65_HS1-834228961_62-HQ-83894_Serial_220
Agency: FBI
Page 14
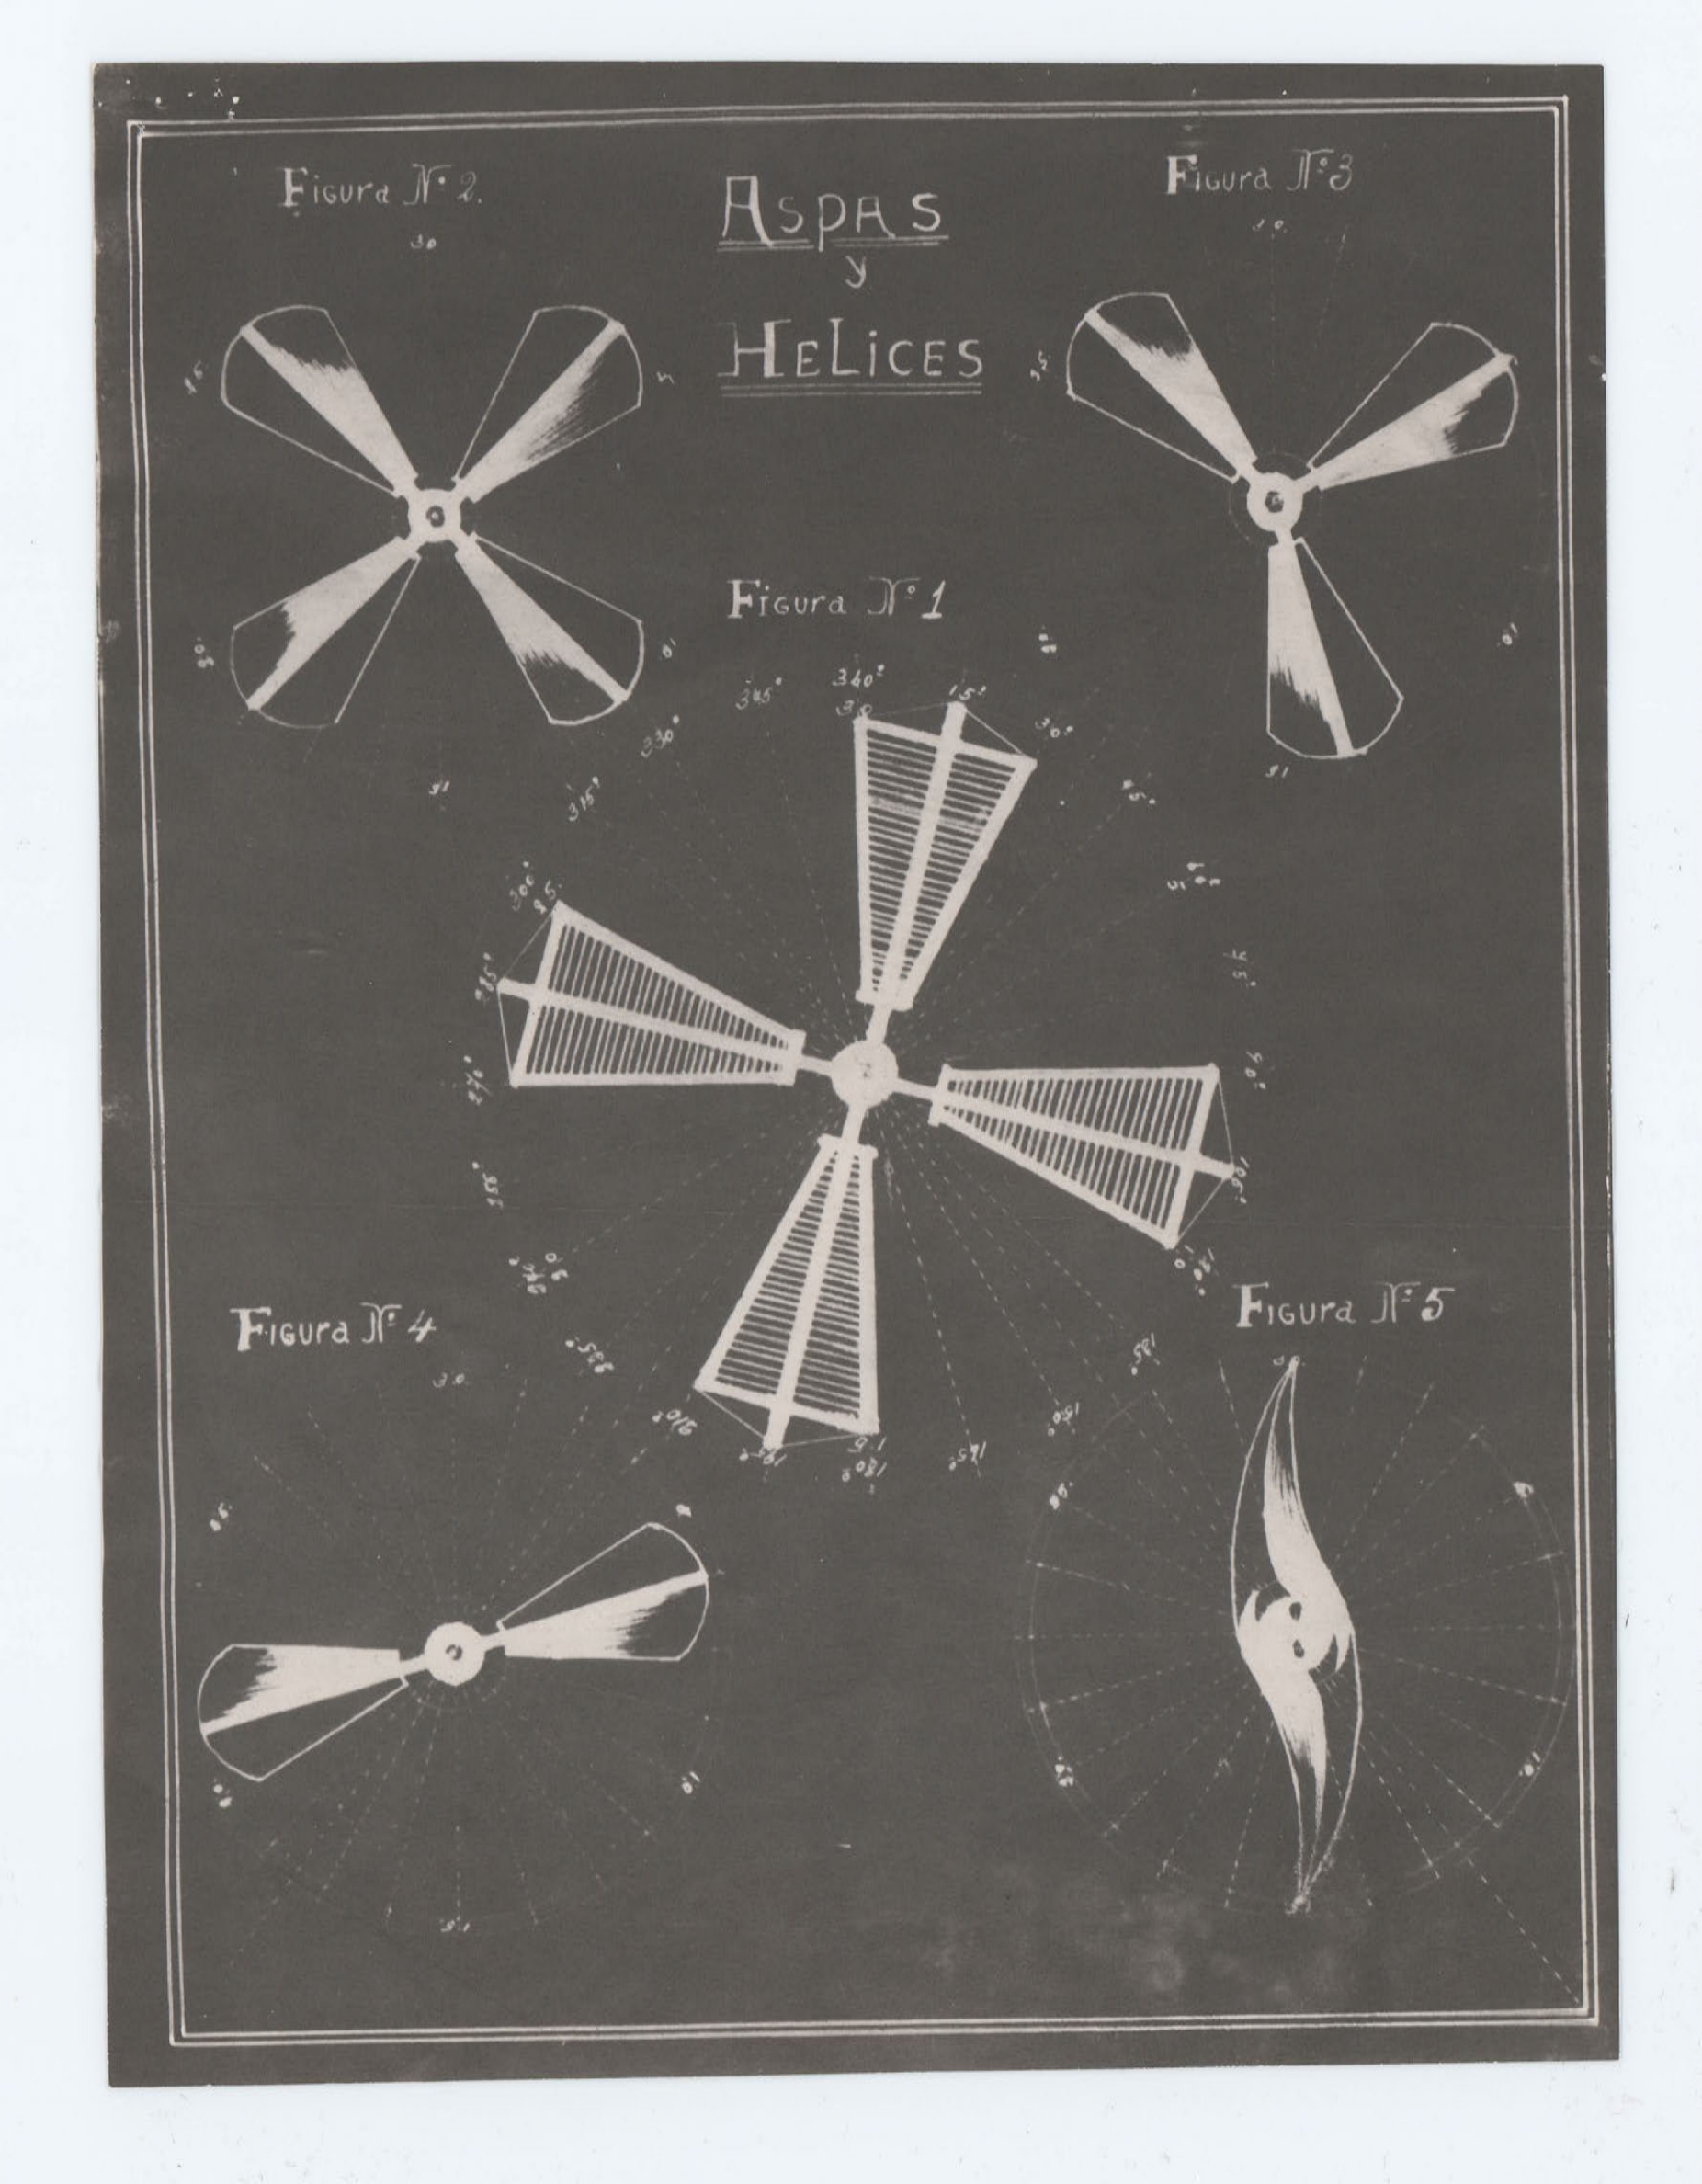